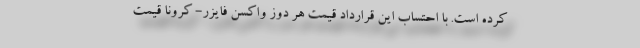
کرده است. با احتساب این قرارداد قیمت هر دوز واکسن فایزر- کرونا قیمت